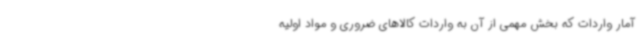
آمار واردات که بخش مهمی از آن به واردات کالاهای ضروری و مواد اولیه